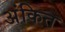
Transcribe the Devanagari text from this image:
अंकित